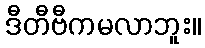
ဒီတီဗီကမလာဘူး။